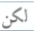
لكن